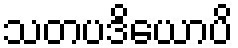
သတပဒိယောပိ